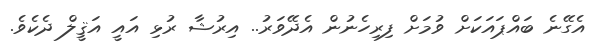
އެގޭނެ ބައްޕައަކަށް ވުމަށް ފިރިހެނުން އެދޭވަރު.. އިރުޝާ ރުޅި އައީ އަޤީލް ދެކެވެ.